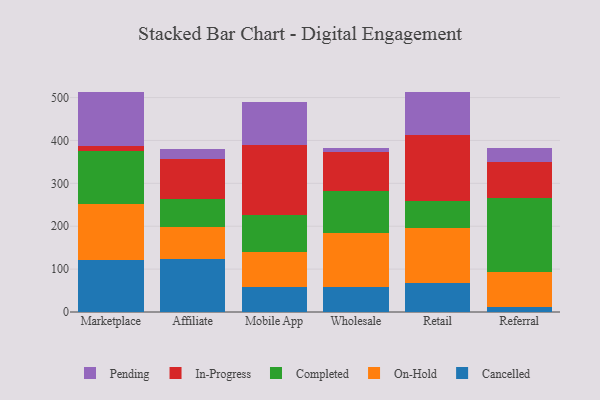
{"axis": {"x": "Channel", "y": "Page Views"}, "legend": ["Cancelled", "Completed", "In-Progress", "On-Hold", "Pending"], "data": [{"x": "Marketplace", "y": 121.2, "type": "Cancelled"}, {"x": "Marketplace", "y": 131.0, "type": "On-Hold"}, {"x": "Marketplace", "y": 122.1, "type": "Completed"}, {"x": "Marketplace", "y": 13.6, "type": "In-Progress"}, {"x": "Marketplace", "y": 126.0, "type": "Pending"}, {"x": "Affiliate", "y": 123.0, "type": "Cancelled"}, {"x": "Affiliate", "y": 74.9, "type": "On-Hold"}, {"x": "Affiliate", "y": 64.8, "type": "Completed"}, {"x": "Affiliate", "y": 93.4, "type": "In-Progress"}, {"x": "Affiliate", "y": 22.9, "type": "Pending"}, {"x": "Mobile App", "y": 58.6, "type": "Cancelled"}, {"x": "Mobile App", "y": 81.6, "type": "On-Hold"}, {"x": "Mobile App", "y": 86.8, "type": "Completed"}, {"x": "Mobile App", "y": 163.1, "type": "In-Progress"}, {"x": "Mobile App", "y": 100.2, "type": "Pending"}, {"x": "Wholesale", "y": 58.9, "type": "Cancelled"}, {"x": "Wholesale", "y": 126.0, "type": "On-Hold"}, {"x": "Wholesale", "y": 98.0, "type": "Completed"}, {"x": "Wholesale", "y": 89.3, "type": "In-Progress"}, {"x": "Wholesale", "y": 9.1, "type": "Pending"}, {"x": "Retail", "y": 68.3, "type": "Cancelled"}, {"x": "Retail", "y": 128.7, "type": "On-Hold"}, {"x": "Retail", "y": 62.8, "type": "Completed"}, {"x": "Retail", "y": 152.9, "type": "In-Progress"}, {"x": "Retail", "y": 100.6, "type": "Pending"}, {"x": "Referral", "y": 10.6, "type": "Cancelled"}, {"x": "Referral", "y": 83.0, "type": "On-Hold"}, {"x": "Referral", "y": 173.3, "type": "Completed"}, {"x": "Referral", "y": 81.7, "type": "In-Progress"}, {"x": "Referral", "y": 33.3, "type": "Pending"}]}